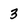
Character: 3